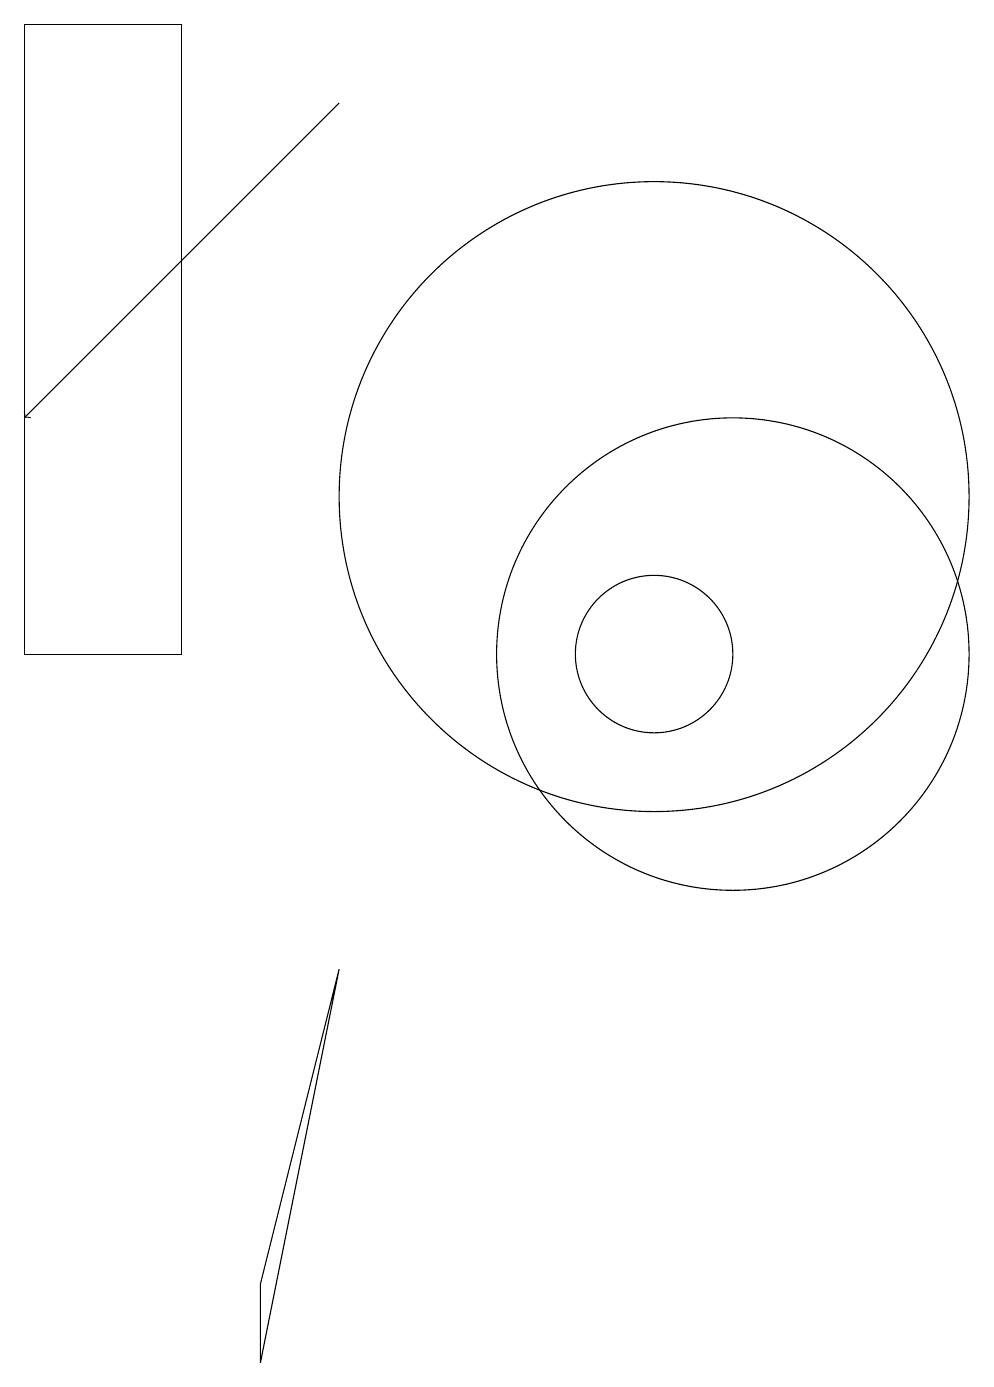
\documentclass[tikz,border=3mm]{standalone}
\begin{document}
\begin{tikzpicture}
\draw (4,18) rectangle (2,10);
\draw (11,10) circle (3);
\draw[->] (6,17) -- (2,13);
\draw (10,12) circle (4);
\draw (10,10) circle (1);
\draw (5,1) -- (6,6) -- (5,2) -- cycle;
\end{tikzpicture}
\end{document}